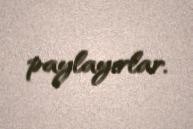
paylayırlar.